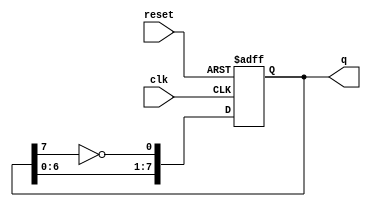
module johnson_counter (
    input wire clk,           // Clock signal
    input wire reset,         // Asynchronous reset signal
    output reg [7:0] q        // 8-bit output of the counter
);

// Always block for the Johnson counter
always @(posedge clk or posedge reset) begin
    if (reset) begin
        // Initialize the counter to 00000000 on reset
        q <= 8'b00000000;
    end else begin
        // State transition logic for the Johnson counter
        q[0] <= ~q[7]; // D0 = NOT Q7
        q[1] <= q[0];  // D1 = Q0
        q[2] <= q[1];  // D2 = Q1
        q[3] <= q[2];  // D3 = Q2
        q[4] <= q[3];  // D4 = Q3
        q[5] <= q[4];  // D5 = Q4
        q[6] <= q[5];  // D6 = Q5
        q[7] <= q[6];  // D7 = Q6
    end
end

endmodule